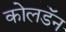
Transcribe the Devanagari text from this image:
कोलडॅन